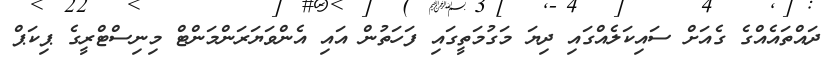
ދައްތައެއްގެ ގެއަށް ސައިކަލެއްގައި ދިޔަ މަގުމަތީގައި ފަހަތުން އައި އެންވަޔަރަންމަންޓް މިނިސްޓްރީގެ ޕިކަޕް